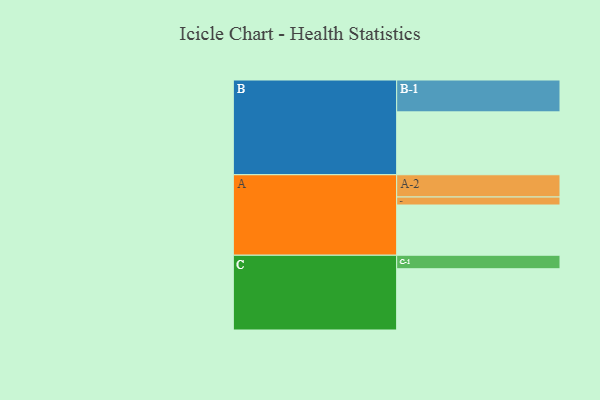
{"axis": {"x": "Segment", "y": "Value"}, "legend": ["", "A", "B", "C"], "data": [{"x": "A", "y": 465, "type": ""}, {"x": "B", "y": 582, "type": ""}, {"x": "C", "y": 567, "type": ""}, {"x": "A-1", "y": 74, "type": "A"}, {"x": "A-2", "y": 206, "type": "A"}, {"x": "B-1", "y": 295, "type": "B"}, {"x": "C-1", "y": 125, "type": "C"}]}